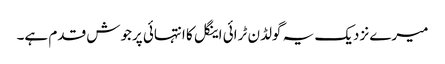
میرے نزدیک یہ گولڈن ٹرائی اینگل کا انتہائی پرجوش قدم ہے۔